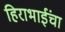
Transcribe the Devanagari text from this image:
हिराभाईंचा